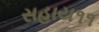
સહાય૧૧